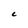
Character: C